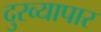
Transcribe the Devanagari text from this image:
दुरव्यापार